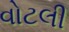
વોટલી